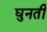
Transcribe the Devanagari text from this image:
घुनती